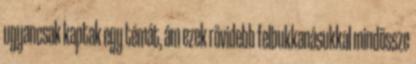
ugyancsak kaptak egy témát, ám ezek rövidebb felbukkanásukkal mindössze